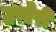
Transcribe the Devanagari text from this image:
उप्पेरी